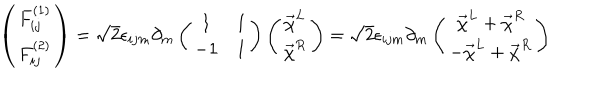
LaTeX: \left( \begin{array} { c } { { F _ { i j } ^ { ( 1 ) } } } \\ { { F _ { i j } ^ { ( 2 ) } } } \\ \end{array} \right) = \sqrt { 2 } \epsilon _ { i j m } \partial _ { m } \left( \begin{array} { c c } { { 1 } } & { { 1 } } \\ { { - 1 } } & { { 1 } } \\ \end{array} \right) \left( \begin{array} { c } { { \vec { \chi } ^ { L } } } \\ { { \vec { \chi } ^ { R } } } \\ \end{array} \right) = \sqrt { 2 } \epsilon _ { i j m } \partial _ { m } \left( \begin{array} { c } { { \hspace { 0 . 3 c m } \vec { \chi } ^ { L } + \vec { \chi } ^ { R } } } \\ { { - \vec { \chi } ^ { L } + \vec { \chi } ^ { R } } } \\ \end{array} \right)